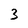
Character: 3